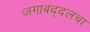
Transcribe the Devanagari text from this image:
जगाबद्दलचा